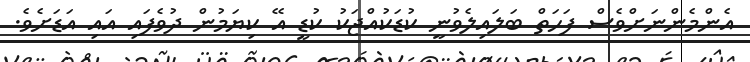
އެންމެންނަށްވެސް ފަހަތް ބަލައިލެވުނީ ކުޑަކުއްޖަކު ކުޑީ އޭ ކިޔަމުން ދުވެފައި އައި އަޑަށެވެ.